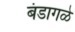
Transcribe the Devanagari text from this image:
बंडागळे